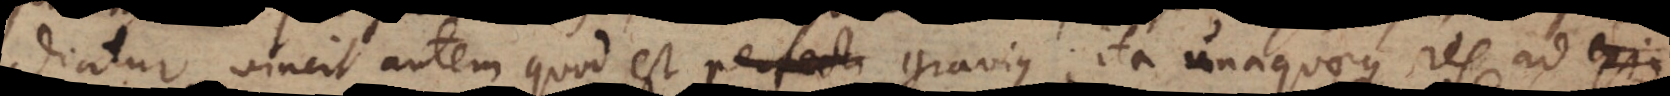
diatur, vincit autem quod est perfecti gravius; ita unaquaeque res ad